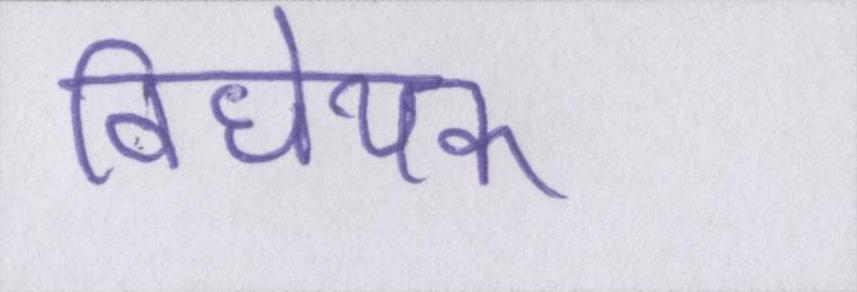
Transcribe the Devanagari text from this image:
विधेयक